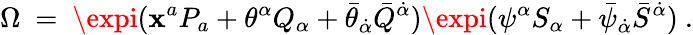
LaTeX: \Omega\ =\ \expi(\mathbf{x}^{a}P_{a}+\theta^{\alpha}Q_{\alpha}+\bar{{\theta}}_{\dot{{\alpha}}}\bar{{Q}}^{\dot{{\alpha}}})\expi(\psi^{\alpha}S_{\alpha}+\bar{{\psi}}_{\dot{{\alpha}}}\bar{{S}}^{\dot{{\alpha}}})\ .